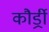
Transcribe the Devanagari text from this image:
कौर्ड्री